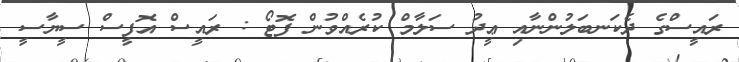
ރައީސްގެ ދެކަނބަލުންނާއި ޢީދު ސަލާމް ކުރެއްވުން ފޮޓޯ : ރައީސް އޮފީސް ސީޔާސީ